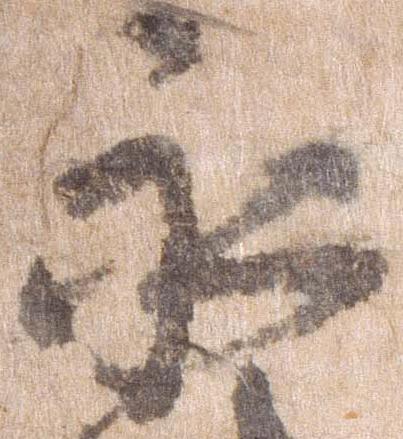
永